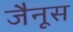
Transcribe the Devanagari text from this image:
जैनूस